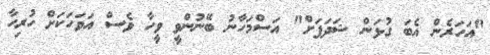
"އަހަރެން އެބަ ގުޅަން ޝަދަފަށް" އަސްމަހާނު ބޭނުންވީ ވީހާ ވެސް އަވަހަކަށް ހުރިހާ